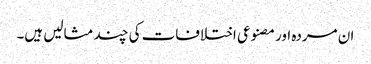
ان مردہ اور مصنوعی اختلافات کی چند مثالیں ہیں۔